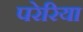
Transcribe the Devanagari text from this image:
परेरिया